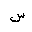
Letter: _sin